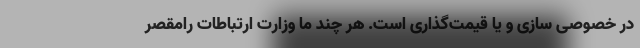
در خصوصی سازی و یا قیمت‌گذاری است. هر چند ما وزارت ارتباطات رامقصر